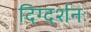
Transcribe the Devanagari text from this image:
दिग्दर्शनः